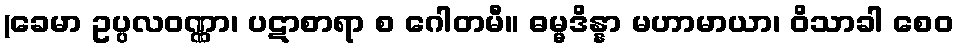
(ခေမာ ဥပ္ပလဝဏ္ဏာ၊ ပဋာစာရာ စ ဂေါတမီ။ ဓမ္မဒိန္နာ မဟာမာယာ၊ ဝိသာခါ စေဝ